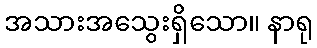
အသားအသွေးရှိသော။ နာရု